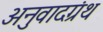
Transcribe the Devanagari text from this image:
अनुवादग्रंथ